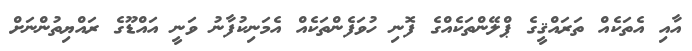
އާއި އެތަކެއް ތަރައްޤީގެ ޕްލޭންތަކެއްގެ ފޮނި ހުވަފެންތަކެއް އެމަނިކުފާނު ވަނީ އައްޑޫގެ ރައްޔިތުންނަށް